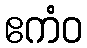
ဧကံဝ